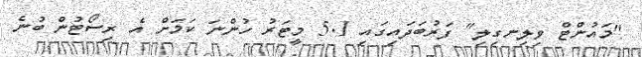
"މައުންޓް ވިލިނގިލި" ފަރުބަދައިގައި 5.1 މީޓަރު ހުންނަ ކަމަށް އެ ރިސޯޓުން ބުނެ